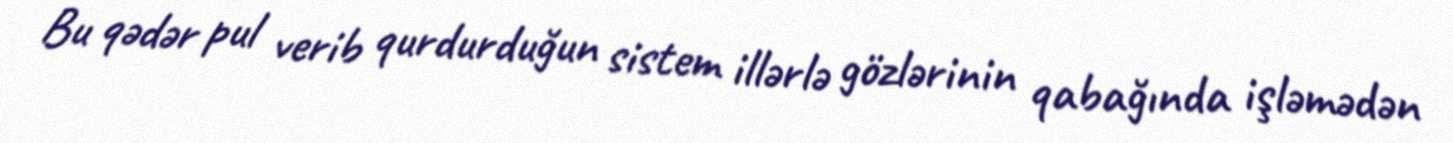
Bu qədər pul verib qurdurduğun sistem illərlə gözlərinin qabağında işləmədən